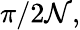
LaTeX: {\pi}/{2\mathcal{N}},